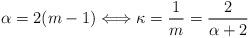
LaTeX: \begin{align*}\alpha = 2 (m-1) \Longleftrightarrow \kappa = \frac{1}{m} = \frac{2}{\alpha+2}\end{align*}